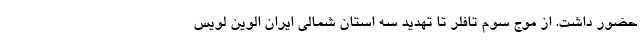
حضور داشت. از موج سوم تافلر تا تهدید سه استان شمالی ایران الوین لویس